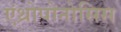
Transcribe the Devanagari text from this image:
एंथ्रोपोनोसिस